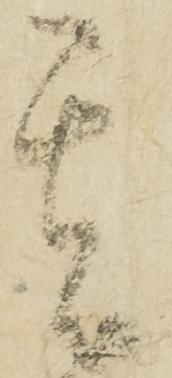
其